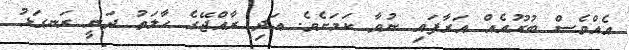
އެއްވެސް ބުރޫއެއް އަރާފައި ނުވާ ކަމަށެވެ. އަދި ރާއްޖޭގެ ހާލަތު ދަނީ ރަނގަޅު